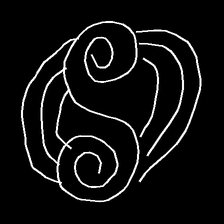
Glyph: wind-underfoot